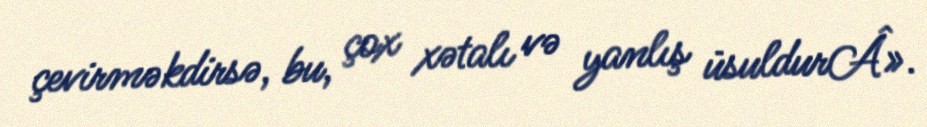
çevirməkdirsə, bu, çox xətalı və yanlış üsuldurÂ».